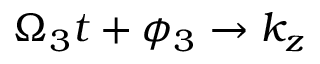
\Omega _ { 3 } t + \phi _ { 3 } \rightarrow k _ { z }